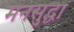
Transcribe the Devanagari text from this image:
मनसुद्धा